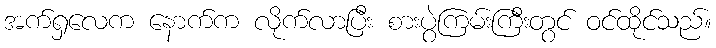
အက်ရှလေက နောက်က လိုက်လာပြီး စားပွဲကြမ်းကြီးတွင် ဝင်ထိုင်သည်။